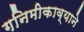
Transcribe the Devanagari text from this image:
गनिमीकाव्याने